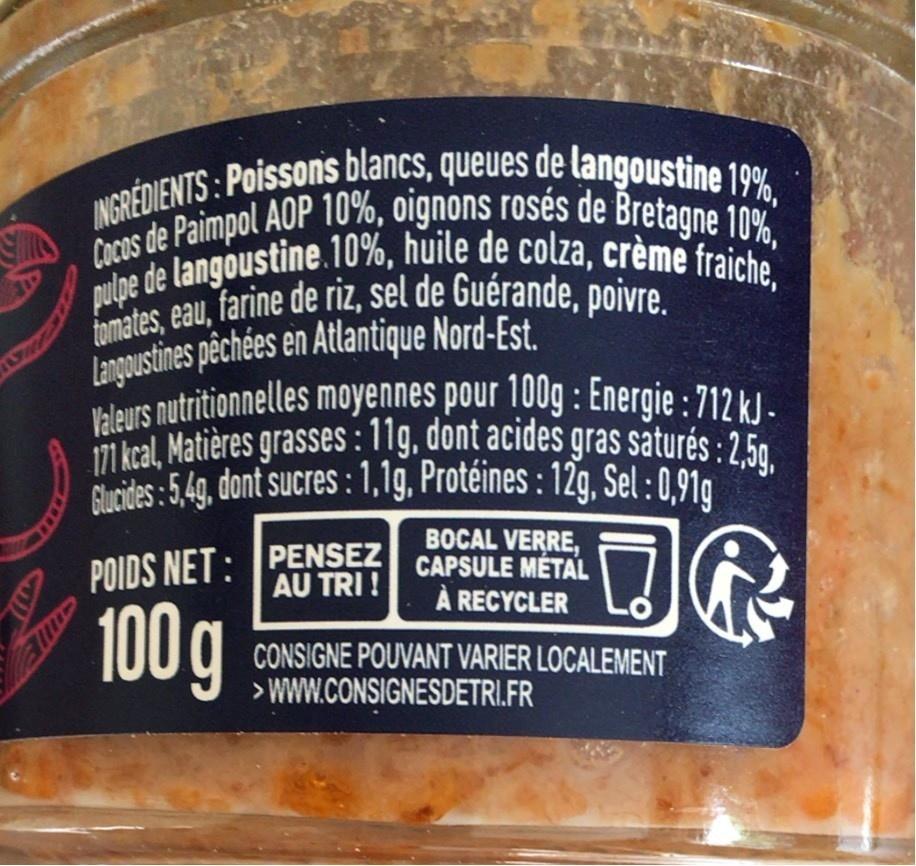
INGREDIENTS: Poissons blancs, queues de langoustine 19%, Cocos de Paimpol AOP 10%, oignons rosés de Bretagne 10%, pulpe de langoustine.10%, huile de colza, crème fraiche, tomates, eau, farine de riz, sel de Guérande, poivre. Langoustines pêchées en Atlantique Nord-Est. Valeurs nutritionnelles moyennes pour 100g : Energie : 712 kJ - 171 kal, Matières grasses : 11g, dont acides gras saturés : 2,5g, Gucides:5.4g, dont sucres :1,1g, Protéines : 12g, Sel :0,91g
PENSEZ AU TRI !
BOCAL VERRE, CAPSULE MÉTAL À RECYCLER
POIDS NET:
100g
CONSIGNE POUVANT VARIER LOCALEMENT > WWW.CONSIGNESDETRI.FR